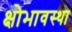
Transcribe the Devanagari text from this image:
क्षोभावस्था